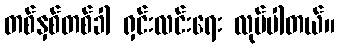
တစ်နှစ်တစ်ခါ ရှင်းလင်းရေး လုပ်ပါတယ်။